Trukikaitis_Postimees, lk 142
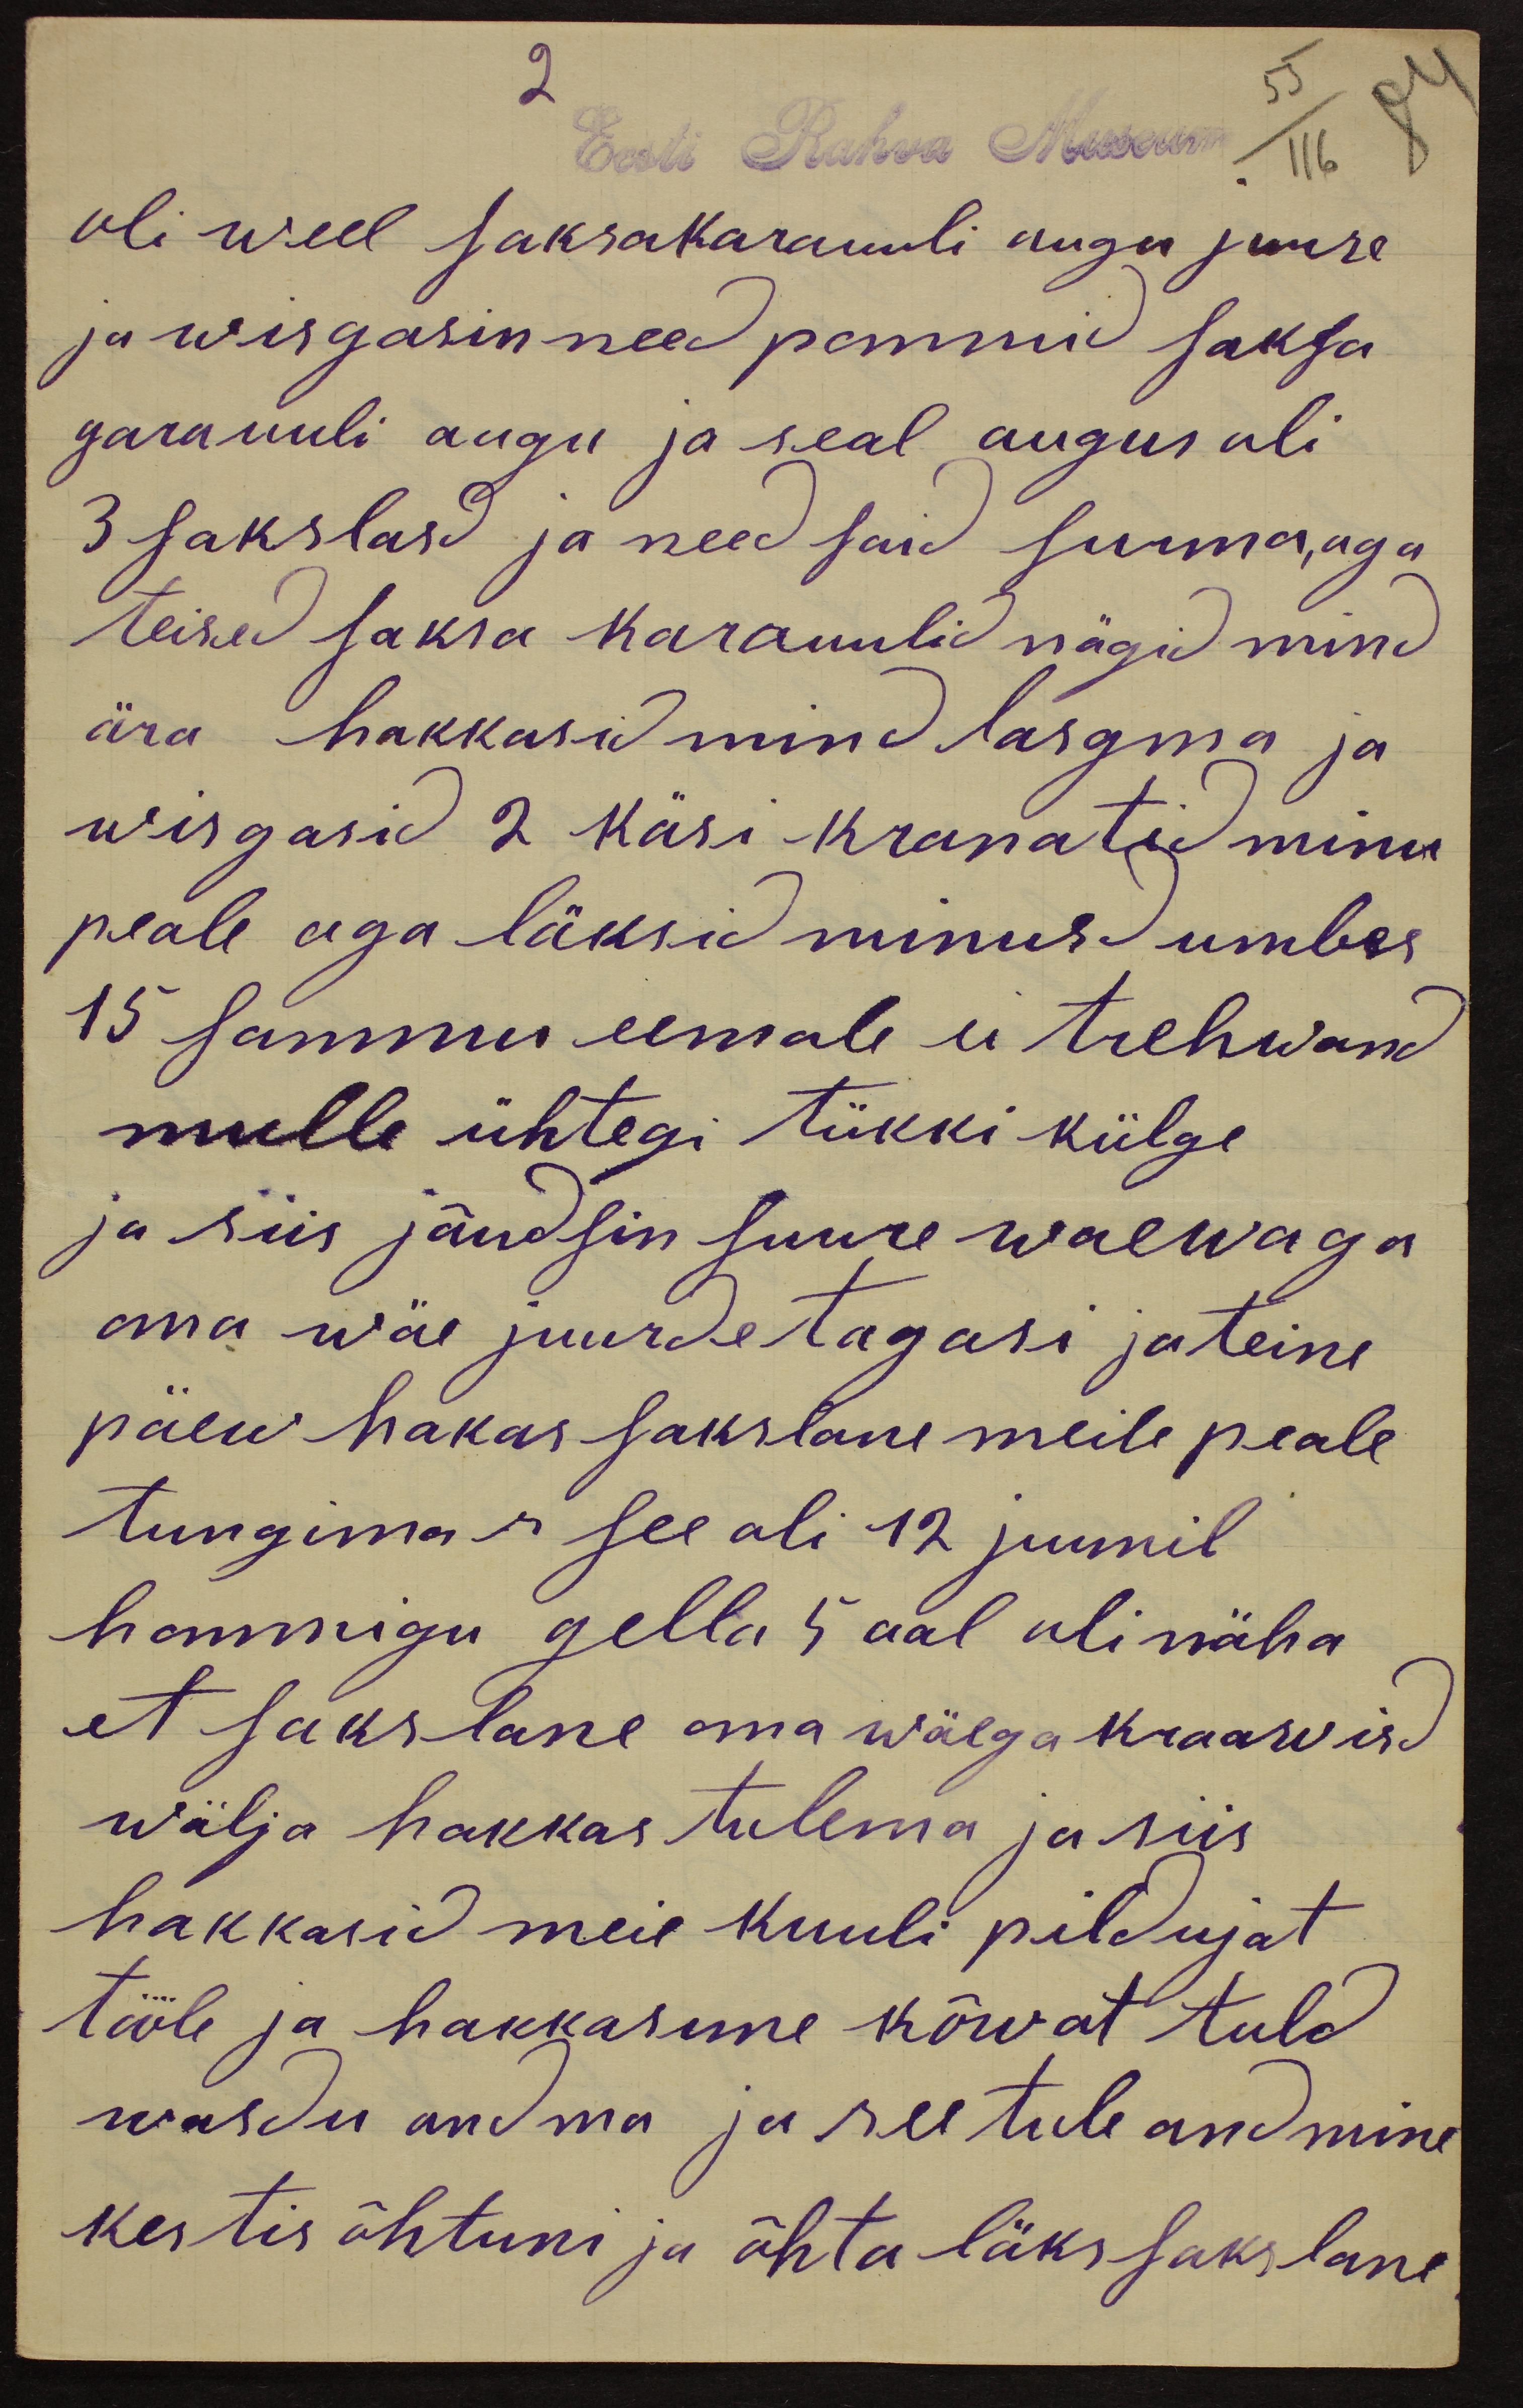
Eest Rahva Museum
oli weel saksakarauuli augu juure
ja wisgasin need pommid saksa
garauuli augu ja seal augus oli
3 sakslasd ja need said surma, aga
teised saksa karauulid nägid mind
ära hakkasid mind lasgma ja
wirgasid 2 käsi-kranatid minu
peale aga läksid minus umbes
15 sammu eemale ei trehwanud
mulle ühtegi tükki külge
ja siis jõudsin suure waewaga
oma wäe juurde tagasi ja teine
päew hakas sakslane meile peale
tungima - see oli 12 juunil
hommigu gella 5 aal oli näha
et sakslane oma wäega kraawisd
wälja hakkas tulema ja siis
hakkasid meie kuuli pildujat
tööle ja hakkasime kõwat tuld
wasdu andma ja see tule andmine
kestis õhtuni ja õhtu läks sakslane